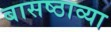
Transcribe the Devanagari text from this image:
बासष्ठाव्या